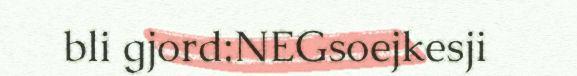
bli gjord:NEGsoejkesji